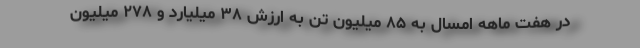
در هفت ماهه امسال به ۸۵ میلیون تن به ارزش ۳۸ میلیارد و ۲۷۸ میلیون